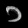
Digit: ၁